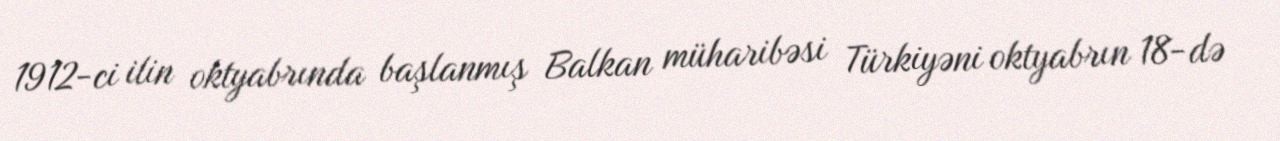
1912-ci ilin oktyabrında başlanmış Balkan müharibəsi Türkiyəni oktyabrın 18-də